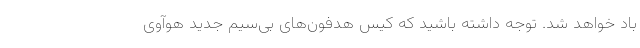
باد خواهد شد. توجه داشته باشید که کیس هدفون‌های بی‌سیم جدید هوآوی